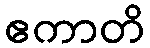
ဧကာတိ